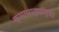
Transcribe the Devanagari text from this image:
कृपाचार्यांच्या